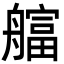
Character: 䒇